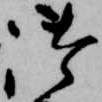
御